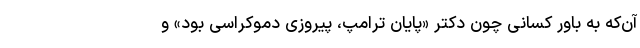
آن‌که به باور کسانی چون دکتر «پایان ترامپ، پیروزی دموکراسی بود» و